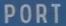
PORT